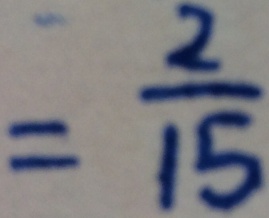
= \frac { 2 } { 1 5 }